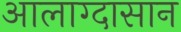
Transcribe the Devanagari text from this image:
आलाग्दासान